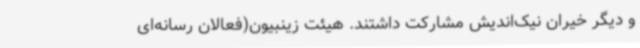
و دیگر خیران نیک‌اندیش مشارکت داشتند. هیئت زینبیون(فعالان رسانه‌ای